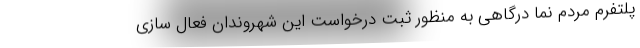
پلتفرم مردم نما درگاهی به منظور ثبت درخواست این شهروندان فعال سازی